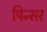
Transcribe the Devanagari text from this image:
पिन्सर